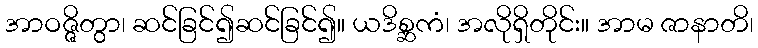
အာဝဇ္ဇိတွာ၊ ဆင်ခြင်၍ဆင်ခြင်၍။ ယဒိစ္ဆကံ၊ အလိုရှိတိုင်း။ အာမ ဇာနာတိ၊